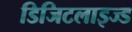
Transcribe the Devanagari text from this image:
डिजिटलाइज्ड